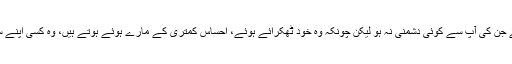
اس کھیل کو کھیلنے میں وہ لوگ بھی شامل ہو جائیں گے جن کی آپ سے کوئی دشمنی نہ ہو لیکن چونکہ وہ خود ٹھکرائے ہوئے، احساس کمتری کے مارے ہوئے ہوتے ہیں، وہ کسی اپنے سے بہتر کو اذیت پہنچا کر اپنی انا کی تسکین کرتے ہیں۔